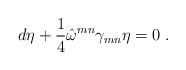
LaTeX: \begin{align*}d\eta +\frac{1}{4}\hat{\omega}^{mn}\gamma _{mn}\eta =0\;.\end{align*}